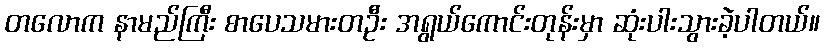
တလောက နာမည်ကြီး စာပေသမားတဦး အရွယ်ကောင်းတုန်းမှာ ဆုံးပါးသွားခဲ့ပါတယ်။